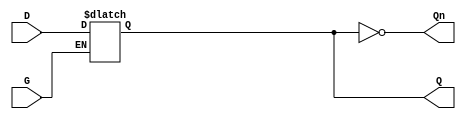
module async_gated_latch (
    input wire D,    // Data input
    input wire G,    // Gate control signal
    output reg Q,    // Output
    output wire Qn   // Inverted output
);

// Inverted output
assign Qn = ~Q;

// Asynchronous latch behavior
always @(*) begin
    if (G) begin
        Q = D;  // Capture the value of D when G is high
    end
    // When G is low, Q retains its previous value (no action needed)
end

endmodule